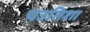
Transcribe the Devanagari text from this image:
चउतिशा